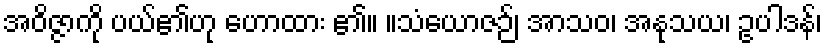
အဝိဇ္ဇာကို ပယ်၏ဟု ဟောထား ၏။ ။သံယောဇဉ်၊ အာသဝ၊ အနုသယ၊ ဥပါဒန်၊